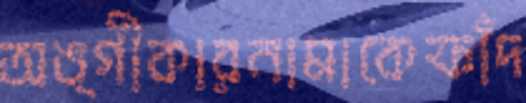
অঙ্গীকারনামাকেফাঁদ